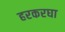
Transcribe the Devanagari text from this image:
हरकरघा